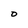
Character: O